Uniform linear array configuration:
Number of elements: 8
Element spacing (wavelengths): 1
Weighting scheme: hamming
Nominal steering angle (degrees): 0
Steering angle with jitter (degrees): -0.01508
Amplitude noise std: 0.05
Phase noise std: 0.05

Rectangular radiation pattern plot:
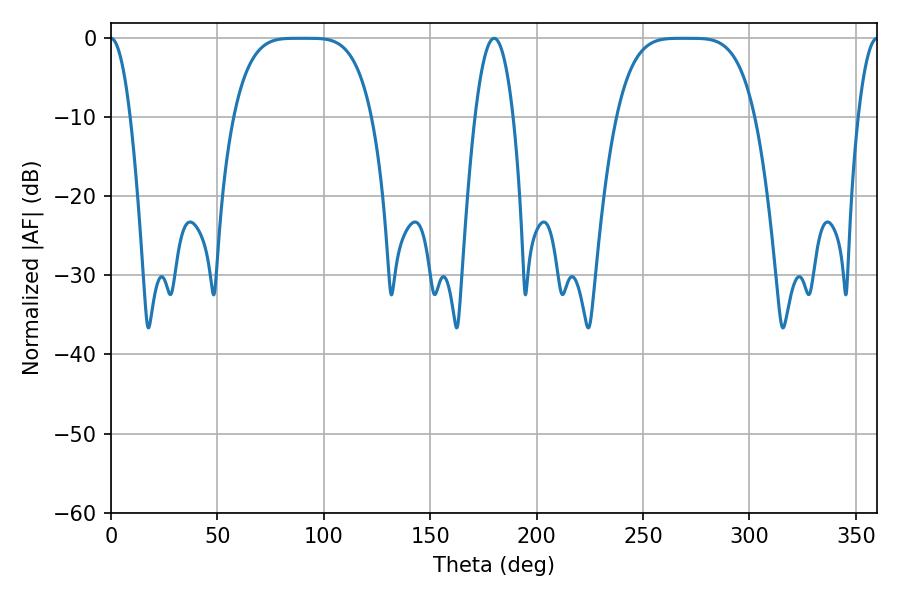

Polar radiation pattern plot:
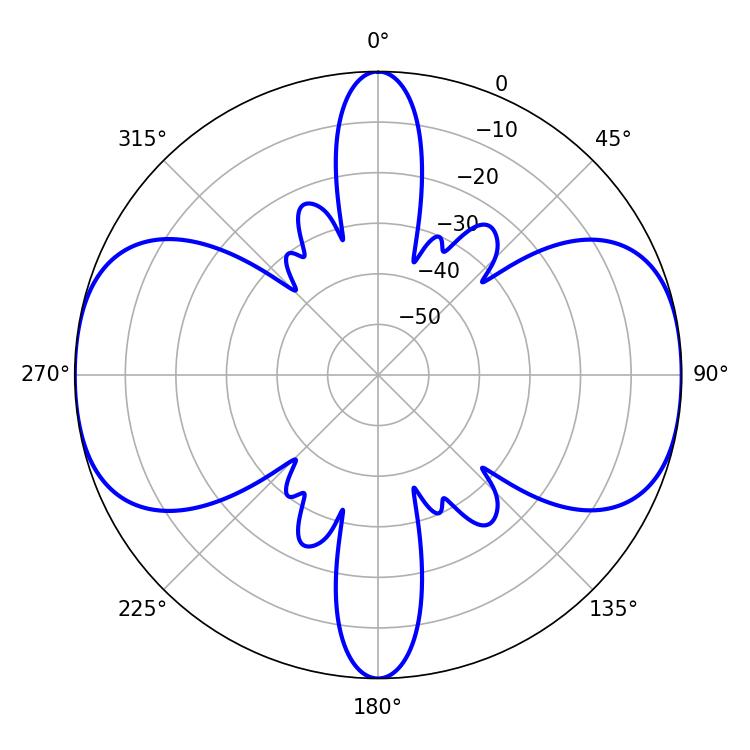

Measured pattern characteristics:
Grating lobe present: TRUE
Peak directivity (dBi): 27.271
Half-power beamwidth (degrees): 48.24
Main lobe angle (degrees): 87.84